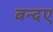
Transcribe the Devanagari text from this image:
बन्दए